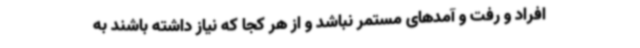
افراد و رفت و آمدهای مستمر نباشد و از هر کجا که نیاز داشته باشند به